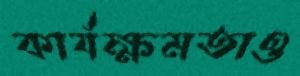
কার্যক্ষমতাও